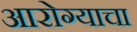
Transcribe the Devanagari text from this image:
आरोग्याचा